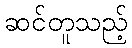
ဆင်တူသည့်